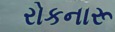
રોકનારૂ